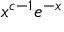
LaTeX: { x ^ { c - 1 } } e ^ { - x }